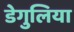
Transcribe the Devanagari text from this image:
डेगुलिया